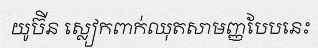
យូប៊ីន ស្លៀកពាក់ឈុតសាមញ្ញបែបនេះ